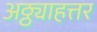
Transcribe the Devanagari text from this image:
अठ्ठ्याहत्तर